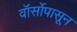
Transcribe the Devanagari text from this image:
वॉर्सोपासून